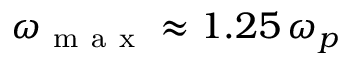
\omega _ { \mathrm { ~ m ~ a ~ x ~ } } \approx 1 . 2 5 \, \omega _ { p }